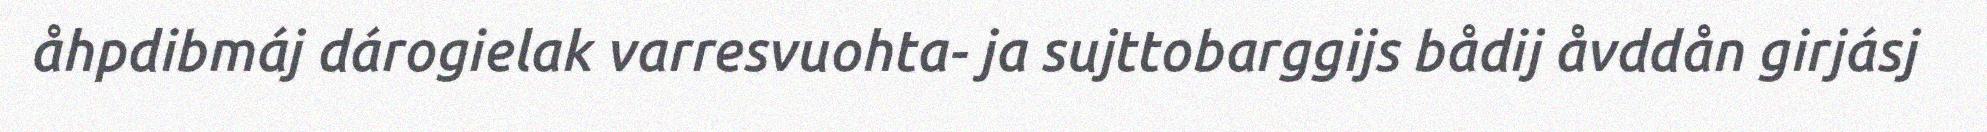
åhpdibmáj dárogielak varresvuohta- ja sujttobarggijs bådij åvddån girjásj